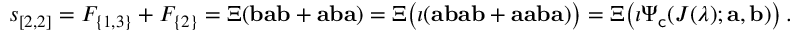
s _ { [ 2 , 2 ] } = F _ { \{ 1 , 3 \} } + F _ { \{ 2 \} } = \Xi ( \mathbf { b } \mathbf { a } \mathbf { b } + \mathbf { a } \mathbf { b } \mathbf { a } ) = \Xi \big ( \iota ( \mathbf { a } \mathbf { b } \mathbf { a } \mathbf { b } + \mathbf { a } \mathbf { a } \mathbf { b } \mathbf { a } ) \big ) = \Xi \big ( \iota \Psi _ { \sf c } ( J ( \lambda ) ; \mathbf { a } , \mathbf { b } ) \big ) \, .